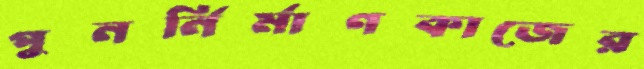
পুনর্নির্মাণকাজের